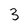
Character: 3